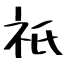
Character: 祇